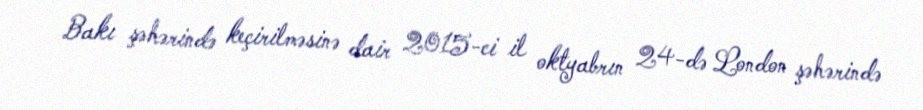
Bakı şəhərində keçirilməsinə dair 2015-ci il oktyabrın 24-də London şəhərində